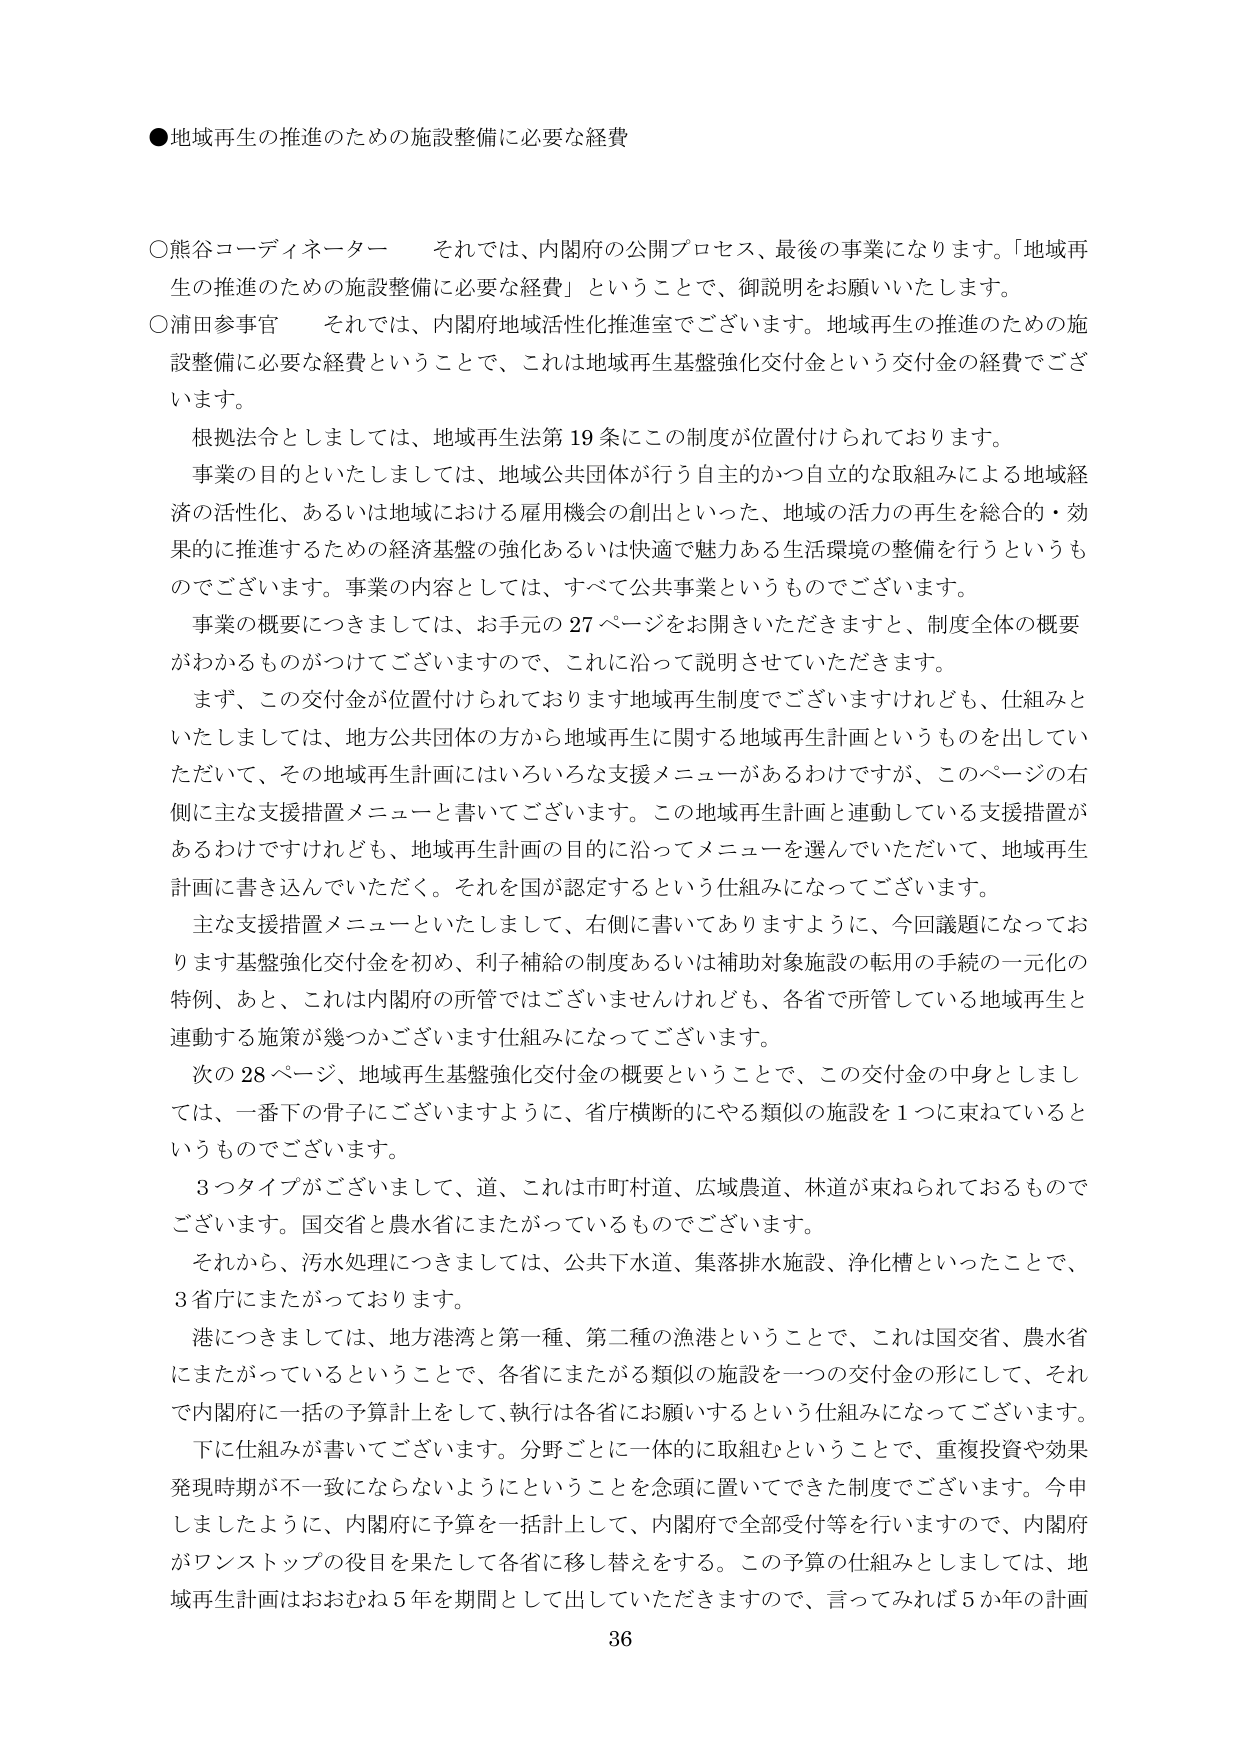
●地域再生の推進のための施設整備に必要な経費

○熊谷コーディネーター　それでは、内閣府の公開プロセス、最後の事業になります。「地域再生の推進のための施設整備に必要な経費」ということで、御説明をお願いいたします。

○浦田参事官　それでは、内閣府地域活性化推進室でございます。地域再生の推進のための施設整備に必要な経費ということで、これは地域再生基盤強化交付金という交付金の経費でございます。

根拠法令としましては、地域再生法第19条にこの制度が位置付けられております。

事業の目的といたしましては、地域公共団体が行う自主的かつ自立的な取組みによる地域経済の活性化、あるいは地域における雇用機会の創出といった、地域の活力の再生を総合的・効果的に推進するための経済基盤の強化あるいは快適で魅力ある生活環境の整備を行うというものですでございます。事業の内容としては、すべて公共事業というものですでございます。

事業の概要につきましては、お手元の27ページをお開きいただきますと、制度全体の概要がわかるものがついてございますので、これに沿って説明させていただきます。

まず、この交付金が位置付けられております地域再生制度でございますけれども、仕組みといたしましては、地方公共団体の方から地域再生に関する地域再生計画というものを出していただいて、その地域再生計画にはいろいろな支援メニューがあるわけですが、このページの右側に主な支援措置メニューと書いてございます。この地域再生計画と連動している支援措置があるわけですけれども、地域再生計画の目的に沿ってメニューを選んでいただいて、地域再生計画に書き込んでいただく。それを国が認定するという仕組みになってございます。

主な支援措置メニューといたしまして、右側に書いてありますように、今回議題になっております基盤強化交付金を初め、利子補給の制度あるいは補助対象施設の転用の手続の一元化の特例、あと、これは内閣府の所管ではございませんけれども、各省で所管している地域再生と連動する施策が幾つかございます仕組みになってございます。

次の28ページ、地域再生基盤強化交付金の概要ということで、この交付金の中身としましては、一番下の骨子にございますように、省庁横断的にやる類似の施設を1つに束ねているというものですでございます。

3つタイプがございまして、道、これは市町村道、広域農道、林道が束ねられておるものでございます。国交省と農水省にまたがっているものでございます。

それから、汚水処理につきましては、公共下水道、集落排水施設、浄化槽といったことで、3省庁にまたがっております。

港につきましては、地方港湾と第一種、第二種の漁港ということで、これは国交省、農水省にまたがっているということで、各省にまたがる類似の施設を一つの交付金の形にして、それで内閣府に一括の予算計上をして、執行は各省にお願いするという仕組みになってございます。

下に仕組みが書いてございます。分野ごとに一体的に取組むということで、重複投資や効果発現時期が不一致にならないようにということを念頭に置いてできた制度でございます。今申しましたように、内閣府に予算を一括計上して、内閣府で全部受付等を行いますので、内閣府がワンストップの役目を果たして各省に移し替えをする。この予算の仕組みとしましては、地域再生計画はおおむね5年を期間として出していただきますので、言ってみれば5か年の計画

36